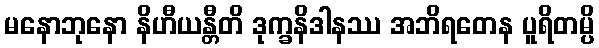
မနောဘုနော နိဟီယန္တီတိ ဒုက္ခနိဒါနဿ အဘိရတေန ပူရိတမ္ပိ